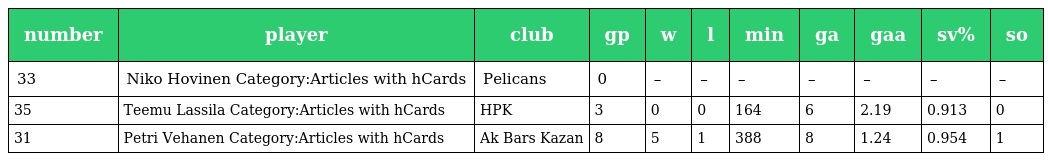
| number | player | club | gp | w | l | min | ga | gaa | sv% | so |
 | --- | --- | --- | --- | --- | --- | --- | --- | --- | --- | --- |
 | 33 | Niko Hovinen Category:Articles with hCards | Pelicans | 0 | – | – | – | – | – | – | – |
 | 35 | Teemu Lassila Category:Articles with hCards | HPK | 3 | 0 | 0 | 164 | 6 | 2.19 | 0.913 | 0 |
 | 31 | Petri Vehanen Category:Articles with hCards | Ak Bars Kazan | 8 | 5 | 1 | 388 | 8 | 1.24 | 0.954 | 1 |